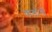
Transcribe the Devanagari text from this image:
कडोगो